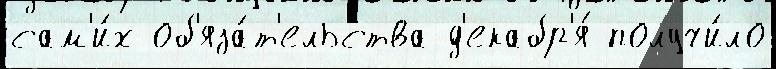
сам'и́х об'яза́т'ельства д'екабр'я́ получи́ло